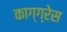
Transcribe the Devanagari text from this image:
काग्ग्रेस